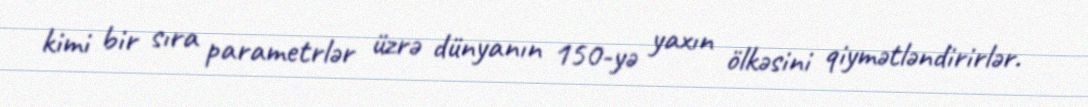
kimi bir sıra parametrlər üzrə dünyanın 150-yə yaxın ölkəsini qiymətləndirirlər.